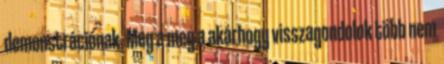
demonstrációnak. Meg a meg a akárhogy visszagondolok több nem